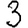
Digit: 3